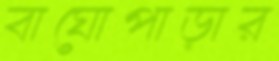
বাঘোপাড়ার